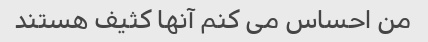
من احساس می کنم آنها کثیف هستند